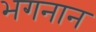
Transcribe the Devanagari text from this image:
भगनान